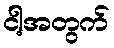
ငါ့အတွက်